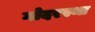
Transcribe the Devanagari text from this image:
गोदरस्था